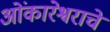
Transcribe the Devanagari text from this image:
ओंकारेश्वराचे